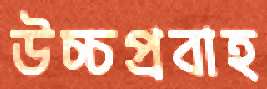
উচ্চপ্রবাহ